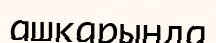
ашқарында